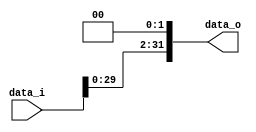
module Shift_Left_Two_32(
    data_i,
    data_o
    );

//I/O ports
input  [32-1:0] data_i;
output [32-1:0] data_o;

wire   [32-1:0] data_o;

//shift left 2
assign data_o = { data_i[29:0], 2'b00 };    // just append two zeros

endmodule